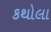
કથોલા